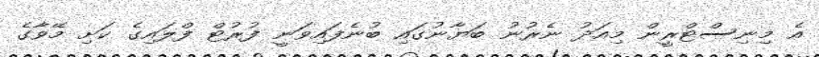
އެ މިނިސްޓްރީން މިއަދު ނެރުނު ބަޔާނުގައި ބުނެފައިވަނީ ފުރުޓް ފްލައިގެ ކަށި މޭވާގެ